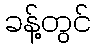
ခန့်တွင်